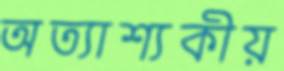
অত্যাশ্যকীয়